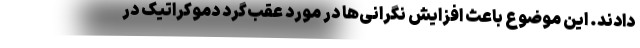
دادند. این موضوع باعث افزایش نگرانی‌ها در مورد عقب‌گرد دموکراتیک در